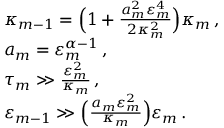
\begin{array} { r l } & { \kappa _ { m - 1 } = \Bigl ( 1 + \frac { a _ { m } ^ { 2 } \varepsilon _ { m } ^ { 4 } } { 2 \kappa _ { m } ^ { 2 } } \Bigr ) \kappa _ { m } \, , } \\ & { a _ { m } = \varepsilon _ { m } ^ { \alpha - 1 } \, , } \\ & { \tau _ { m } \gg \frac { \varepsilon _ { m } ^ { 2 } } { \kappa _ { m } } \, , } \\ & { \varepsilon _ { m - 1 } \gg \Bigl ( \frac { a _ { m } \varepsilon _ { m } ^ { 2 } } { \kappa _ { m } } \Bigr ) \varepsilon _ { m } \, . } \end{array}